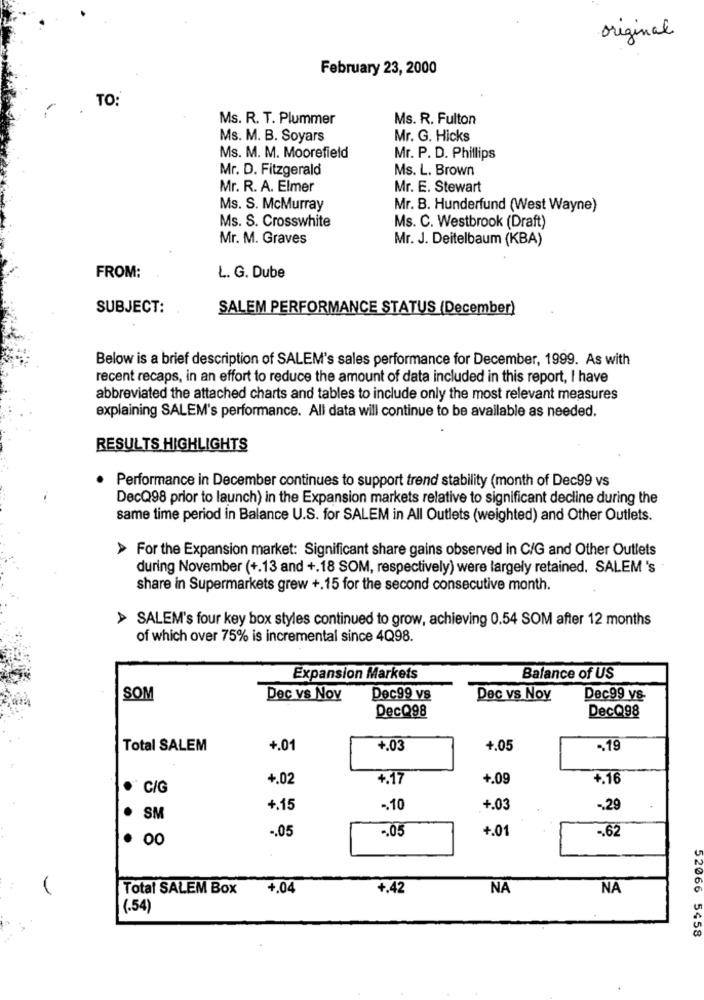
original
February 23, 2000
TO:
Ms. R. T. Plummer
Ms. R. Fulton
Ms. M. B. Soyars
Mr. G. Hicks
Ms. M. M. Moorefield
Mr. P. D. Phillips
Mr. D. Fitzgerald
Ms. L. Brown
Mr. R. A. Elmer
Mr. E. Stewart
Ms. S. McMurray
Mr. B. Hunderfund (West Wayne)
Ms. S. Crosswhite
Ms. C. Westbrook (Draft)
Mr. M. Graves
Mr. J. Deitelbaum (KBA)
FROM:
L. G. Dube
SUBJECT:
SALEM PERFORMANCE STATUS (December)
Below is a brief description of SALEM's sales performance for December, 1999. As with
recent recaps, in an effort to reduce the amount of data included in this report, I have
abbreviated the attached charts and tables to include only the most relevant measures
explaining SALEM's performance. All data will continue to be available as needed.
RESULTS HIGHLIGHTS
Performance in December continues to support trend stability (month of Dec99 vs
DecQ98 prior to launch) in the Expansion markets relative to significant decline during the
same time period in Balance U.S. for SALEM in All Outlets (weighted) and Other Outlets.
> For the Expansion market: Significant share gains observed in C/G and Other Outlets
during November (+.13 and +.18 SOM, respectively) were largely retained. SALEM 's
share in Supermarkets grew +.15 for the second consecutive month.
> SALEM's four key box styles continued to grow, achieving 0.54 SOM after 12 months
of which over 75% is incremental since 4Q98.
Expansion Markets
Balance of US
SOM
Dec vs Nov
Dec99 vs
Dec vs Noy
Dec99 vs-
DecQ98
DecQ98
Total SALEM
+.01
+.03
+.05
., 19
+.02
+.17
+.09
+.16
C/G
+.15
-. 10
+.03
-. 29
SM
-. 05
-. 05
+.01
-62
00
Total SALEM Box
+.04
+.42
NA
NA
(.54)
52066 5458